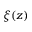
\xi ( z )